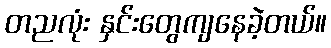
တညလုံး နှင်းတွေကျနေခဲ့တယ်။